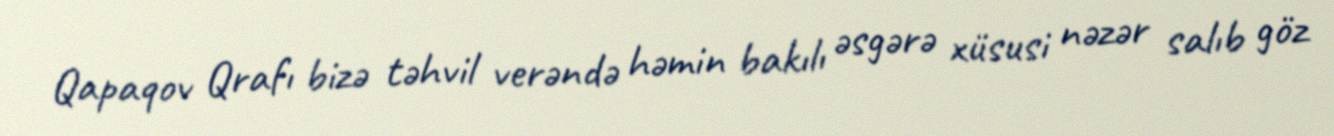
Qapaqov Qrafı bizə təhvil verəndə həmin bakılı əsgərə xüsusi nəzər salıb göz